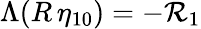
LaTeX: \Lambda(R\, \eta_{10})=-\mathcal{R}_{1}